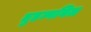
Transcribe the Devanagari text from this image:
तुडन्गयिल